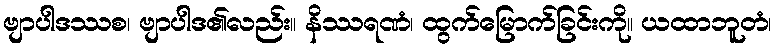
ဗျာပါဒဿစ၊ ဗျာပါဒ၏လည်း။ နိဿရဏံ၊ ထွက်မြောက်ခြင်းကို။ ယထာဘူတံ၊